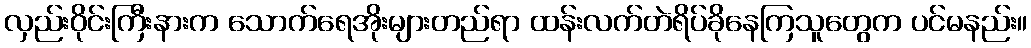
လှည်းဝိုင်းကြီးနားက သောက်ရေအိုးများတည်ရာ ထန်းလက်တဲရိပ်ခိုနေကြသူတွေက ပင်မနည်း။